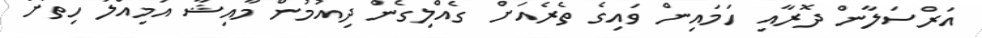
އަރްސަލާން ދޮރާއި ހަމައިން ވައިގެ ތެރެއަށް ގެއްލިގެން ދިއުމުން މާއިޝާ އަމިއްލަ ހިތަށް